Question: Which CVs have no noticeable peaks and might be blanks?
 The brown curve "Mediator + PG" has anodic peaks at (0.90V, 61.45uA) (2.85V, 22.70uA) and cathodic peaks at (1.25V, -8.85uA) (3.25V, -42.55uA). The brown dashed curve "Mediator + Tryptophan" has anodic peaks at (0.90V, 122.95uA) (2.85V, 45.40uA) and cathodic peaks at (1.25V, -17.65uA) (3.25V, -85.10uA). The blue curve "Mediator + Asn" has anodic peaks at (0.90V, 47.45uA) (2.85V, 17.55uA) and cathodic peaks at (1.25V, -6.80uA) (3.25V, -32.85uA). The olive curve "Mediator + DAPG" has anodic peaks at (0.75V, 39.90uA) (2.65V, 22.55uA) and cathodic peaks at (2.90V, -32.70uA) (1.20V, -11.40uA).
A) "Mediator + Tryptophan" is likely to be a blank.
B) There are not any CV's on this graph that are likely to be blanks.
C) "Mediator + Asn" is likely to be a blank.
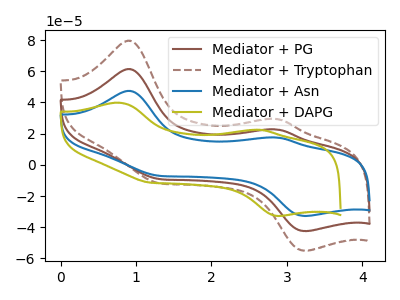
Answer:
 <answer>B) There are not any CV's on this graph that are likely to be blanks.</answer>
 <eval>B</eval>